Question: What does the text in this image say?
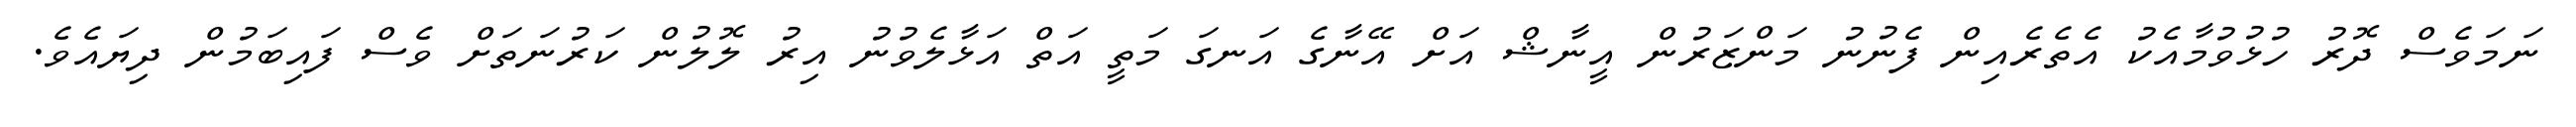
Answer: ނަމަވެސް ދޮރު ހުޅުވުމާއެކު އެތެރެއިން ފެނުނު މަންޒަރުން އީނާޝް އަށް އޭނާގެ އަނގަ މަތީ އަތް އަޅާލެވުނު އިރު ލޮލުން ކަރުނަތަށް ވެސް ފައިބަމުން ދިޔައެވެ.